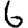
Digit: 6